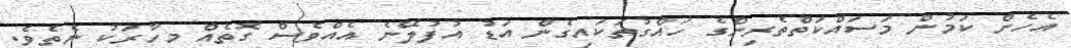
އެހެން ކަމުން މަސައްކަތްތެރިންގެ ހައްގުތަކައިގެން އަޑު އުފުލޭނެ އެއްވެސް ގޮތެއް މިހާރަކު ނެތެވެ.